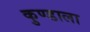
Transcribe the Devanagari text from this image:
कुण्डाला